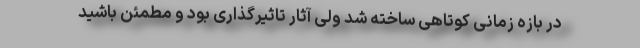
در بازه زمانی کوتاهی ساخته شد ولی آثار تاثیرگذاری بود و مطمئن باشید